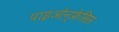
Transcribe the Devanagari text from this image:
पाइओन्फ्रेसिस